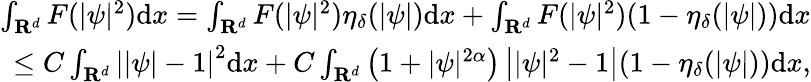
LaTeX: \begin{array}{r}{\int_{{\mathbf R}^{d}}F(|\psi|^{2})\mathrm dx=\int_{{\mathbf R}^{d}}F(|\psi|^{2})\eta_{\delta}(|\psi|)\mathrm dx+\int_{{\mathbf R}^{d}}F(|\psi|^{2})(1-\eta_{\delta}(|\psi|))\mathrm dx}\\ {\leq C\int_{{\mathbf R}^{d}}\left||\psi|-1\right|^{2}\mathrm dx+C\int_{{\mathbf R}^{d}}\left(1+|\psi|^{2\alpha}\right)\left||\psi|^{2}-1\right|(1-\eta_{\delta}(|\psi|))\mathrm dx,}\end{array}